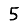
Digit: 5